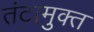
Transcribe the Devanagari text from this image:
तंटामुक्‍त